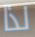
لذا